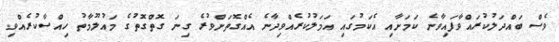
ވެސް ބައްދަލުކުރައްވާފައިވާނެ ކަމަށާއި އެކަމުގައި އަމަލުކުރެއްވިދާނެ އެއްގޮތަށްވުރެ ގިނަ ގޮތްގޮތުގެ މައުލޫމާތު ހިއްސާކުރެއްވި